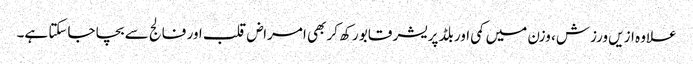
علاوہ ازیں ورزش، وزن میں کمی اور بلڈ پریشر قابو رکھ کر بھی امراض قلب اور فالج سے بچا جاسکتا ہے۔